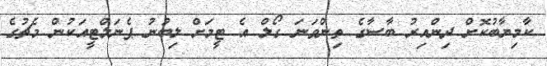
ކާމިޔާބުކޮށް ދިންއިރު ބާސާގެ ތިންވަނަ ގޯލް އެ ޓީމަށް ލިބުނު ޕެނަލްޓީއަކުން މެޗުގެ